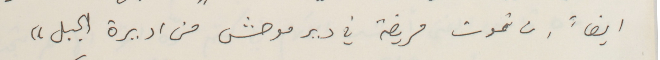
ايضاً ان تموت مريضة في دير موحش من اديرة الجبل"